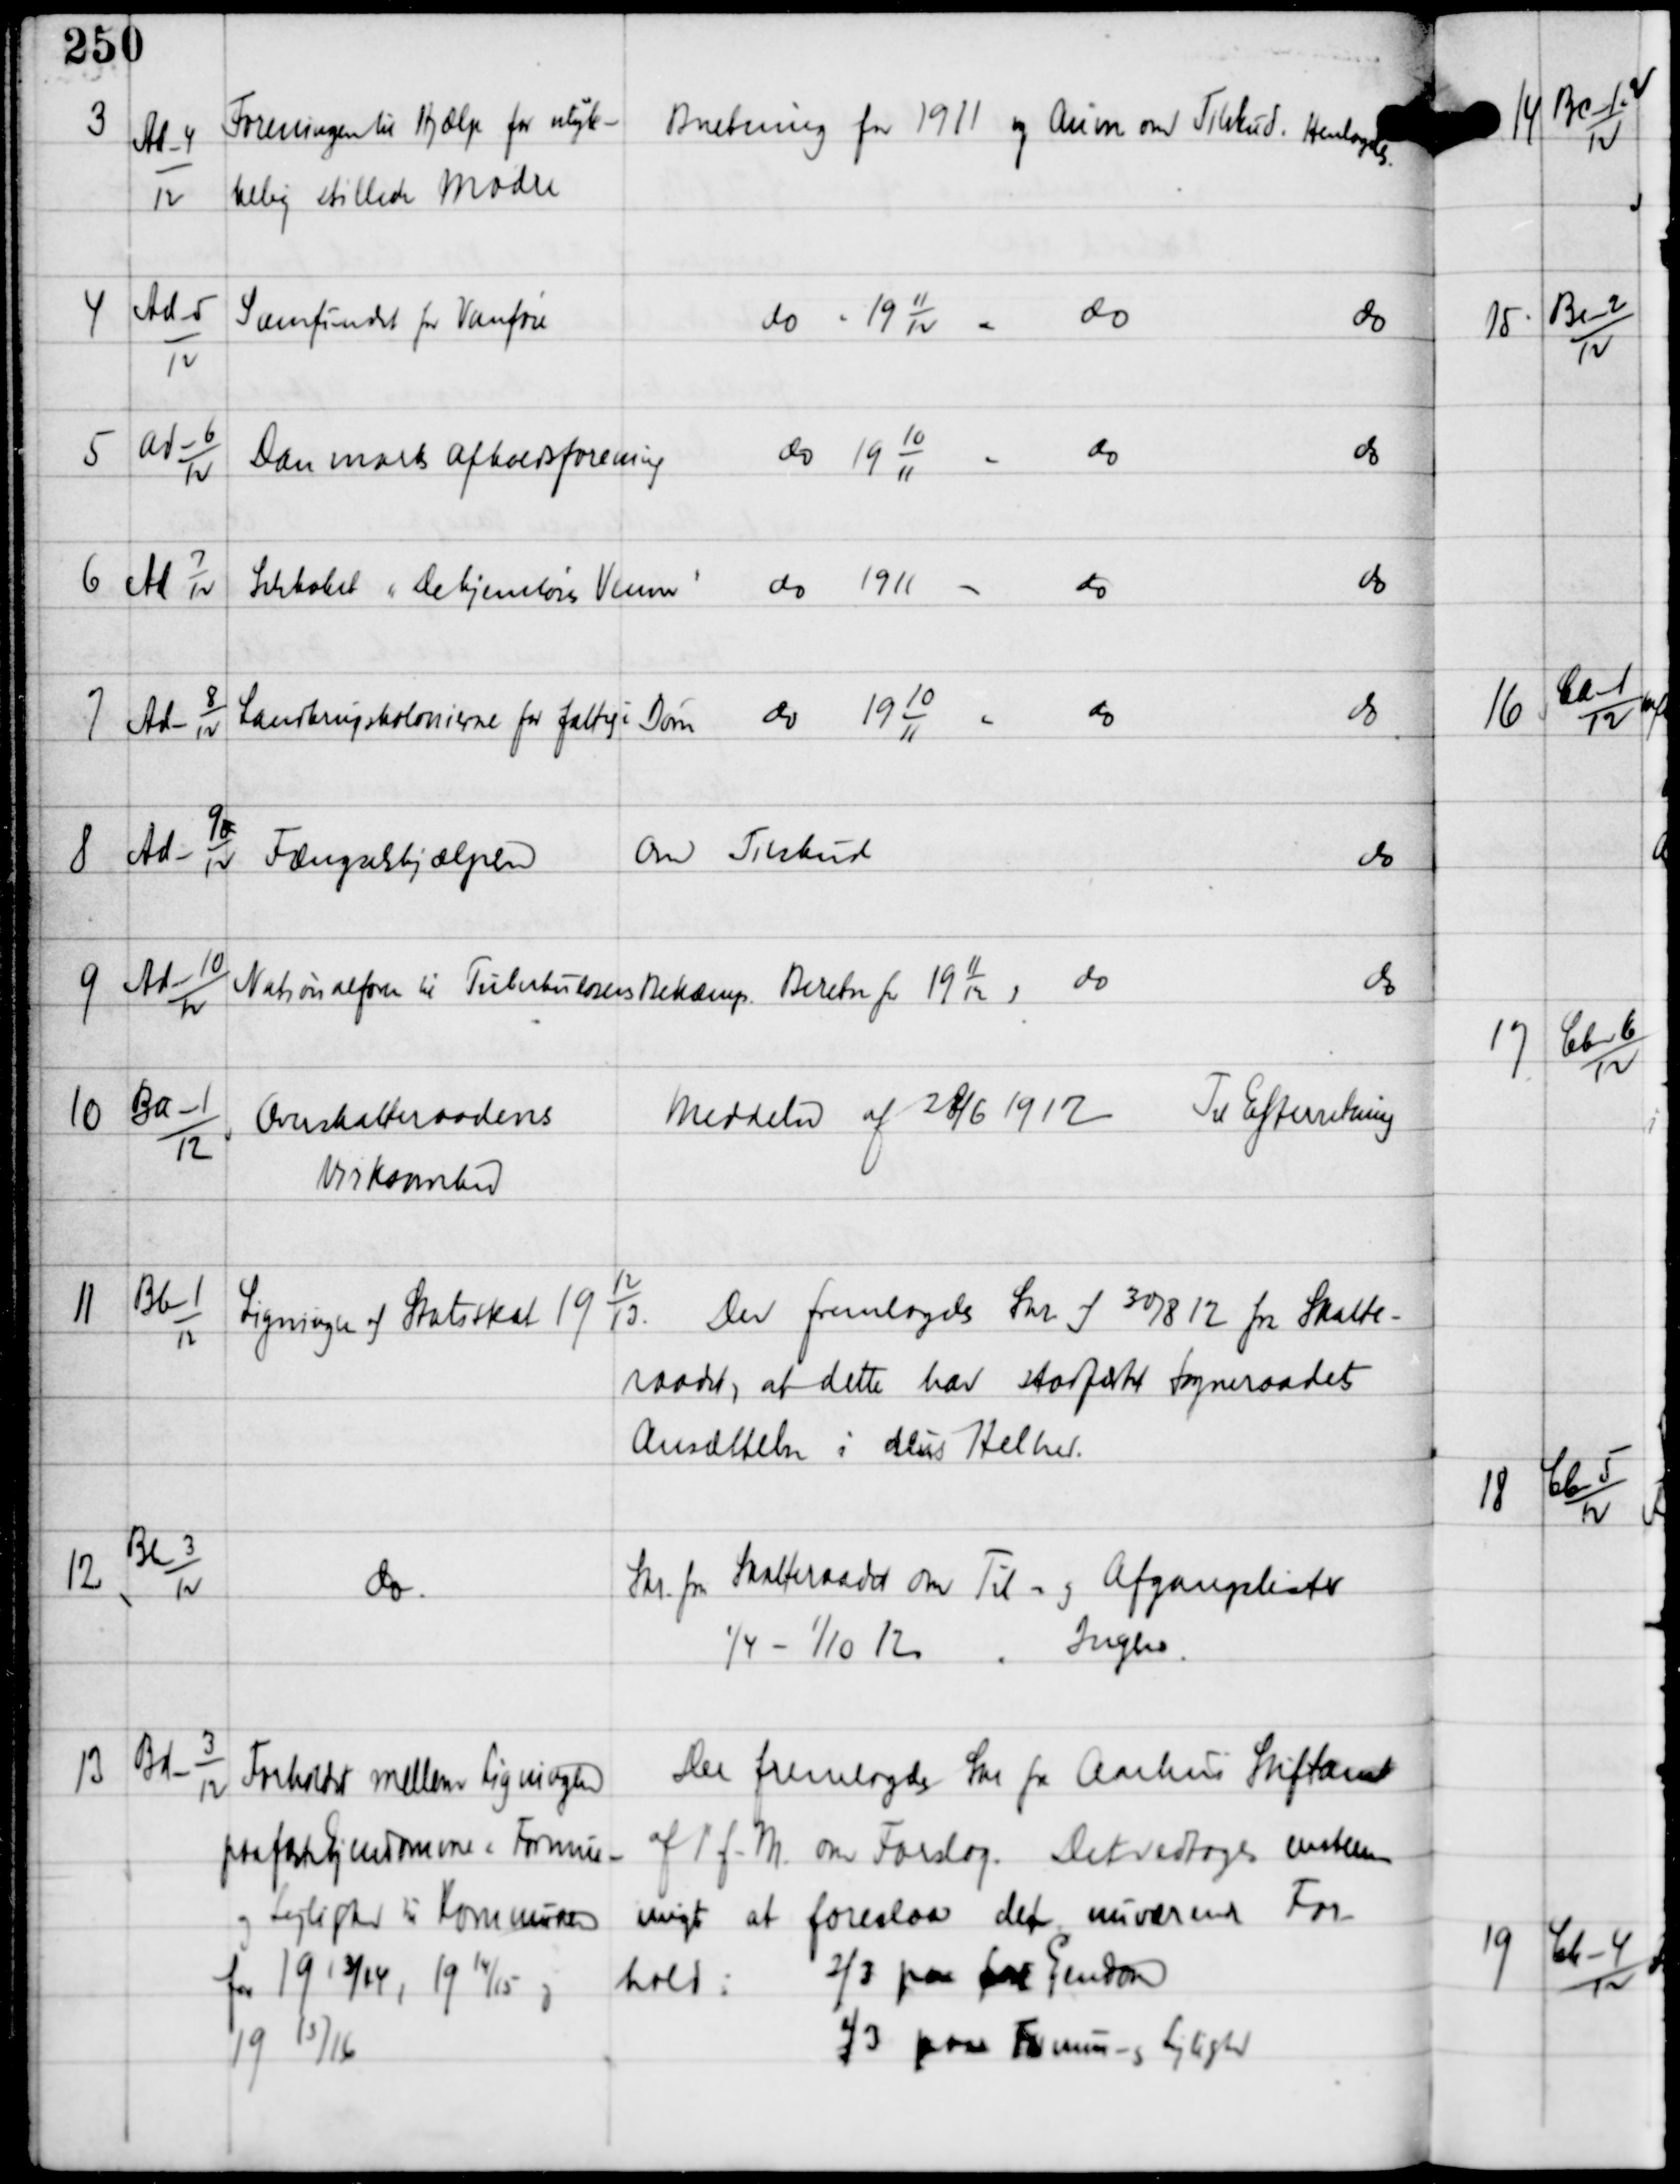
Transskription:
3

Ad-4
12

Foreningen til Hjælp for ulyk-
kelig stillede Mødre

Beretning for 1911 og Anm om Tilskud. Henlagdes.

4

Ad-5
12

Samfundet for Vanføre

do 19
11
12
do
do

5

Ad-6
12

Danmarks Afholdsforening

do 19
10
11
do
do

6

Ad 7
12

Selskabet "De hjemløses Venner"

do 1911
do
do

7

Ad-8
12

Landbrugskolonierne for fattige Børn

do 19
10
11
do
do

8

Ad-9x
12

Fængselshjælpen

om Tilskud
do

9

Ad-10
12

Nationalforen til Tuberkulosens Bekæmp

Beretn for 19
11
12 og
do
do

10

Ba-1
12

Overskatteraadenes
Virksomhed

Meddelse af 28/6 1912
Til Efterretning

11

Bb-1
12

Ligninger af Statsskat 19
12
13.

Der fremlagdes Skr af 30/8 12 fra Skatte-
raadet, at dette har stadfæstet Sogneraadets
Ansættelse i dens Helhed.

12

Bb-3
12

do

Skr fra Skatteraadet om Til- og Afgangslister
1/4 - 1/10 12.
Ingen.

13

Bd-3
12

Forholdet mellem Ligningen
paa faste Ejendomme og Formue-
og Lejligheder til Kommunen
for 1913/14, 1914/15 og
1915/16

Der fremlagdes Skr fra Aarhus Stiftamt
af 1' f.M. om Forslag. Det vedtoges enstem-
migt at foreslaa det nuværende For-
hold:
2/3 paa fast Ejendom
1/3 paa Formue- og Lejlighed